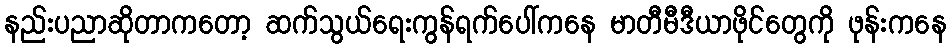
နည်းပညာဆိုတာကတော့ ဆက်သွယ်ရေးကွန်ရက်ပေါ်ကနေ မာတီမီဒီယာဖိုင်တွေကို ဖုန်းကနေ